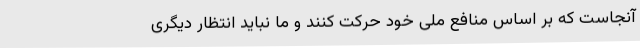
آنجاست که بر اساس منافع ملی خود حرکت کنند و ما نباید انتظار دیگری